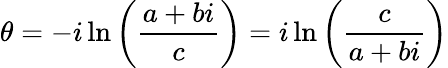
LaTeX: \theta=-i\ln\left({\frac{a+bi}{c}}\right)=i\ln\left({\frac{c}{a+bi}}\right)